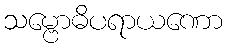
သမ္ဗောဓိပရာယဏော